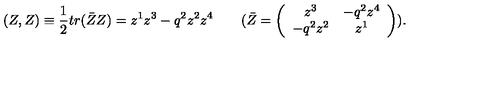
( Z , Z ) \equiv \frac { 1 } { 2 } t r ( \bar { Z } Z ) = z ^ { 1 } z ^ { 3 } - q ^ { 2 } z ^ { 2 } z ^ { 4 } \qquad ( \bar { Z } = \left( \begin{array} { c c } { z ^ { 3 } } & { - q ^ { 2 } z ^ { 4 } } \\ { - q ^ { 2 } z ^ { 2 } } & { z ^ { 1 } } \\ \end{array} \right) ) .